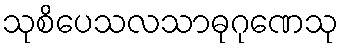
သုစိပေသလသာဓုဂုဏေသု